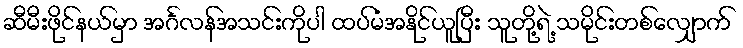
ဆီမီးဖိုင်နယ်မှာ အင်္ဂလန်အသင်းကိုပါ ထပ်မံအနိုင်ယူပြီး သူတို့ရဲ့ သမိုင်းတစ်လျှောက်